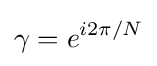
\gamma =e^{i2\pi /N}